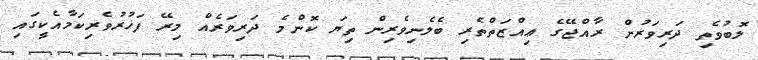
ލޮބުވެތި ދަރިވަރުން ރާއްޖޭގެ ޢިއްޒަތްތެރި ބެލެނިވެރިން ތިޔަ ކޮންމެ ދަރިވަރެއް މިރޭ ފަޚުރުވެރިކަމާއެކީގައި